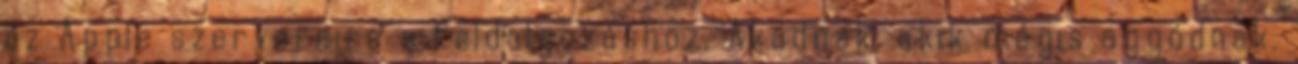
az Apple szervereire a feldolgozáshoz. Akadnak, akik mégis aggódnak.